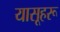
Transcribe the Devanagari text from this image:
यासूहरू